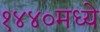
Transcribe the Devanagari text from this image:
१४४०मध्ये